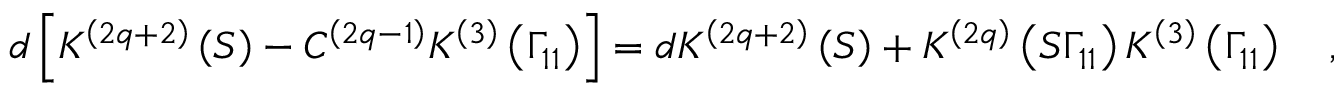
d \left[ K ^ { \left( 2 q + 2 \right) } \left( S \right) - C ^ { \left( 2 q - 1 \right) } K ^ { \left( 3 \right) } \left( \Gamma _ { 1 1 } \right) \right] = d K ^ { \left( 2 q + 2 \right) } \left( S \right) + K ^ { \left( 2 q \right) } \left( S \Gamma _ { 1 1 } \right) K ^ { \left( 3 \right) } \left( \Gamma _ { 1 1 } \right) \quad ,